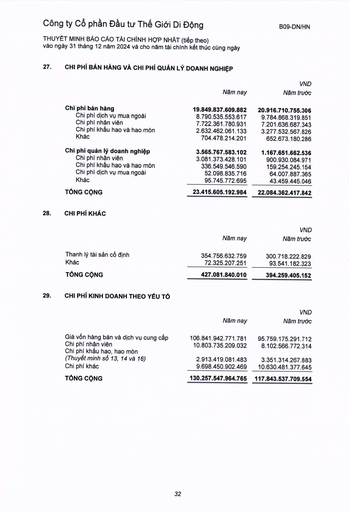
||Năm nay|VND Năm trước| |---|---|---| |Chi phí bán hàng|19.849.837.609.882|20.916.710.755.306| |Chi phí dịch vụ mua ngoài|8.790.535.553.617|9.784.868.319.851| |Chi phí nhân viên|7.722.361.780.931|7.201.636.687.343| |Chi phí khấu hao và hao mòn|2.632.462.061.133|3.277.532.567.826| |Khác|704.478.214.201|652.673.180.286| |Chi phí quản lý doanh nghiệp|3.565.767.583.102|1.167.651.662.536| |Chi phí nhân viên|3.081.373.428.101|900.930.084.971| |Chi phí khấu hao và hao mòn|336.549.546.590|159.254.245.154| |Chi phí dịch vụ mua ngoài|52.098.835.716|64.007.887.365| |Khác|95.745.772.695|43.459.445.046| |TỔNG CỘNG|23.415.605.192.984|22.084.362.417.842| ||Năm nay|VND Năm trước| |---|---|---| |Thanh lý tài sản cố định|354.756.632.759|300.718.222.829| |Khác|72.325.207.251|93.541.182.323| |TỔNG CỘNG|427.081.840.010|394.259.405.152| ||Năm nay|VND Năm trước| |---|---|---| |Giá vốn hàng bán và dịch vụ cung cấp|106.841.942.771.781|95.759.175.291.712| |Chi phí nhân viên|10.803.735.209.032|8.102.566.772.314| |Chi phí khấu hao, hao mòn (Thuyết minh số 13, 14 và 16)|2.913.419.081.483|3.351.314.267.883| |Chi phí khác|9.698.450.902.469|10.630.481.377.645| |TỔNG CỘNG|130.257.547.964.765|117.843.537.709.554|